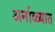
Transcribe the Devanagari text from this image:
अर्नाळ्यात